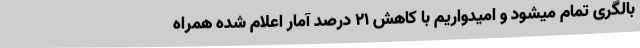
بالگری تمام میشود و امیدواریم با کاهش 21 درصد آمار اعلام شده همراه